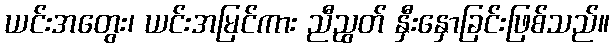
ယင်းအတွေး၊ ယင်းအမြင်ကား ညီညွတ် နှီးနှောခြင်းဖြစ်သည်။